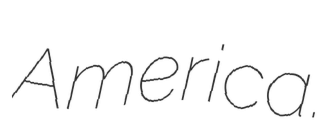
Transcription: America.